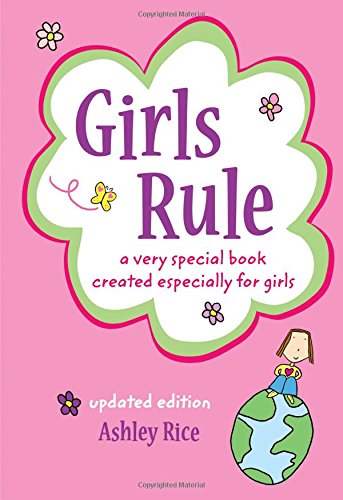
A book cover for Girls Rule (Updated Edition); Ashley Rice; Teen & Young Adult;